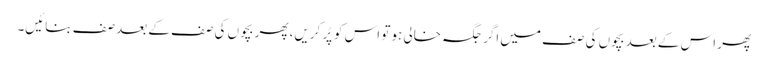
پھر اس کے بعد بچوں کی صف میں اگر جگہ خالی ہو تو اس کو پُر کریں، پھر بچوں کی صف کے بعد صف بنائیں۔